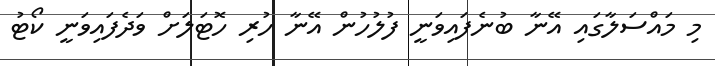
މި މައްސަލާގައި އޭނާ ބުނެފައިވަނީ ފުލުހުން އޭނާ ހުރި ހޮޓަލަށް ވަދެފައިވަނީ ކޯޓު